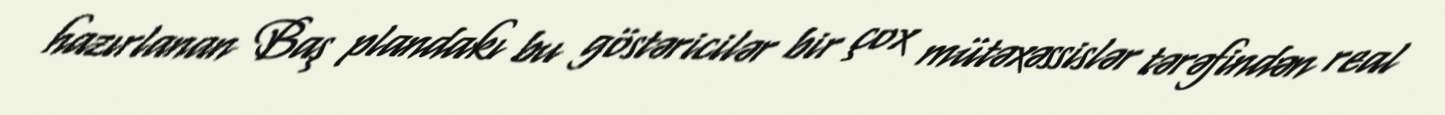
hazırlanan Baş plandakı bu göstəricilər bir çox mütəxəssislər tərəfindən real